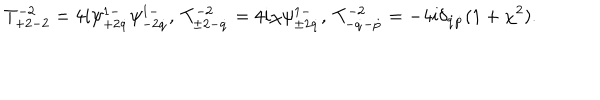
LaTeX: T _ { + 2 - 2 } ^ { - 2 } = 4 i \psi _ { + 2 \dot { q } } ^ { 1 - } \psi _ { - 2 \dot { q } } ^ { 1 - } , \ T _ { \pm 2 - \dot { q } } ^ { - 2 } = 4 i \chi \psi _ { \pm 2 \dot { q } } ^ { 1 - } , \ T _ { - \dot { q } - \dot { p } } ^ { - 2 } = - 4 i \delta _ { \dot { q } \dot { p } } ( 1 + \chi ^ { 2 } ) .